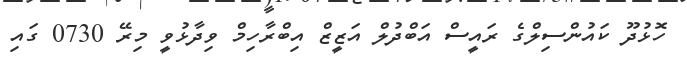
ހޮޅުދޫ ކައުންސިލްގެ ރައީސް އަބްދުލް އަޒީޒް އިބްރާހިމް ވިދާޅުވީ މިރޭ 0730 ގައި